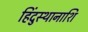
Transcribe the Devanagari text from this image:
हिंदुस्थानाशि